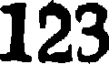
123